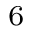
_ 6